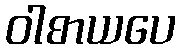
ဝါစာယပေ